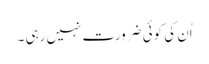
اُن کی کوئی ضرورت نہیں رہی ۔